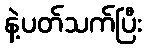
နဲ့ပတ်သက်ပြီး